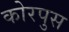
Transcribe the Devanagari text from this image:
कोरपुस